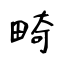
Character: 畸